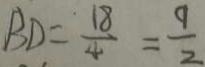
B D = \frac { 1 8 } { 4 } = \frac { 9 } { 2 }